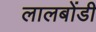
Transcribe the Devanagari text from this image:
लालबोंडी